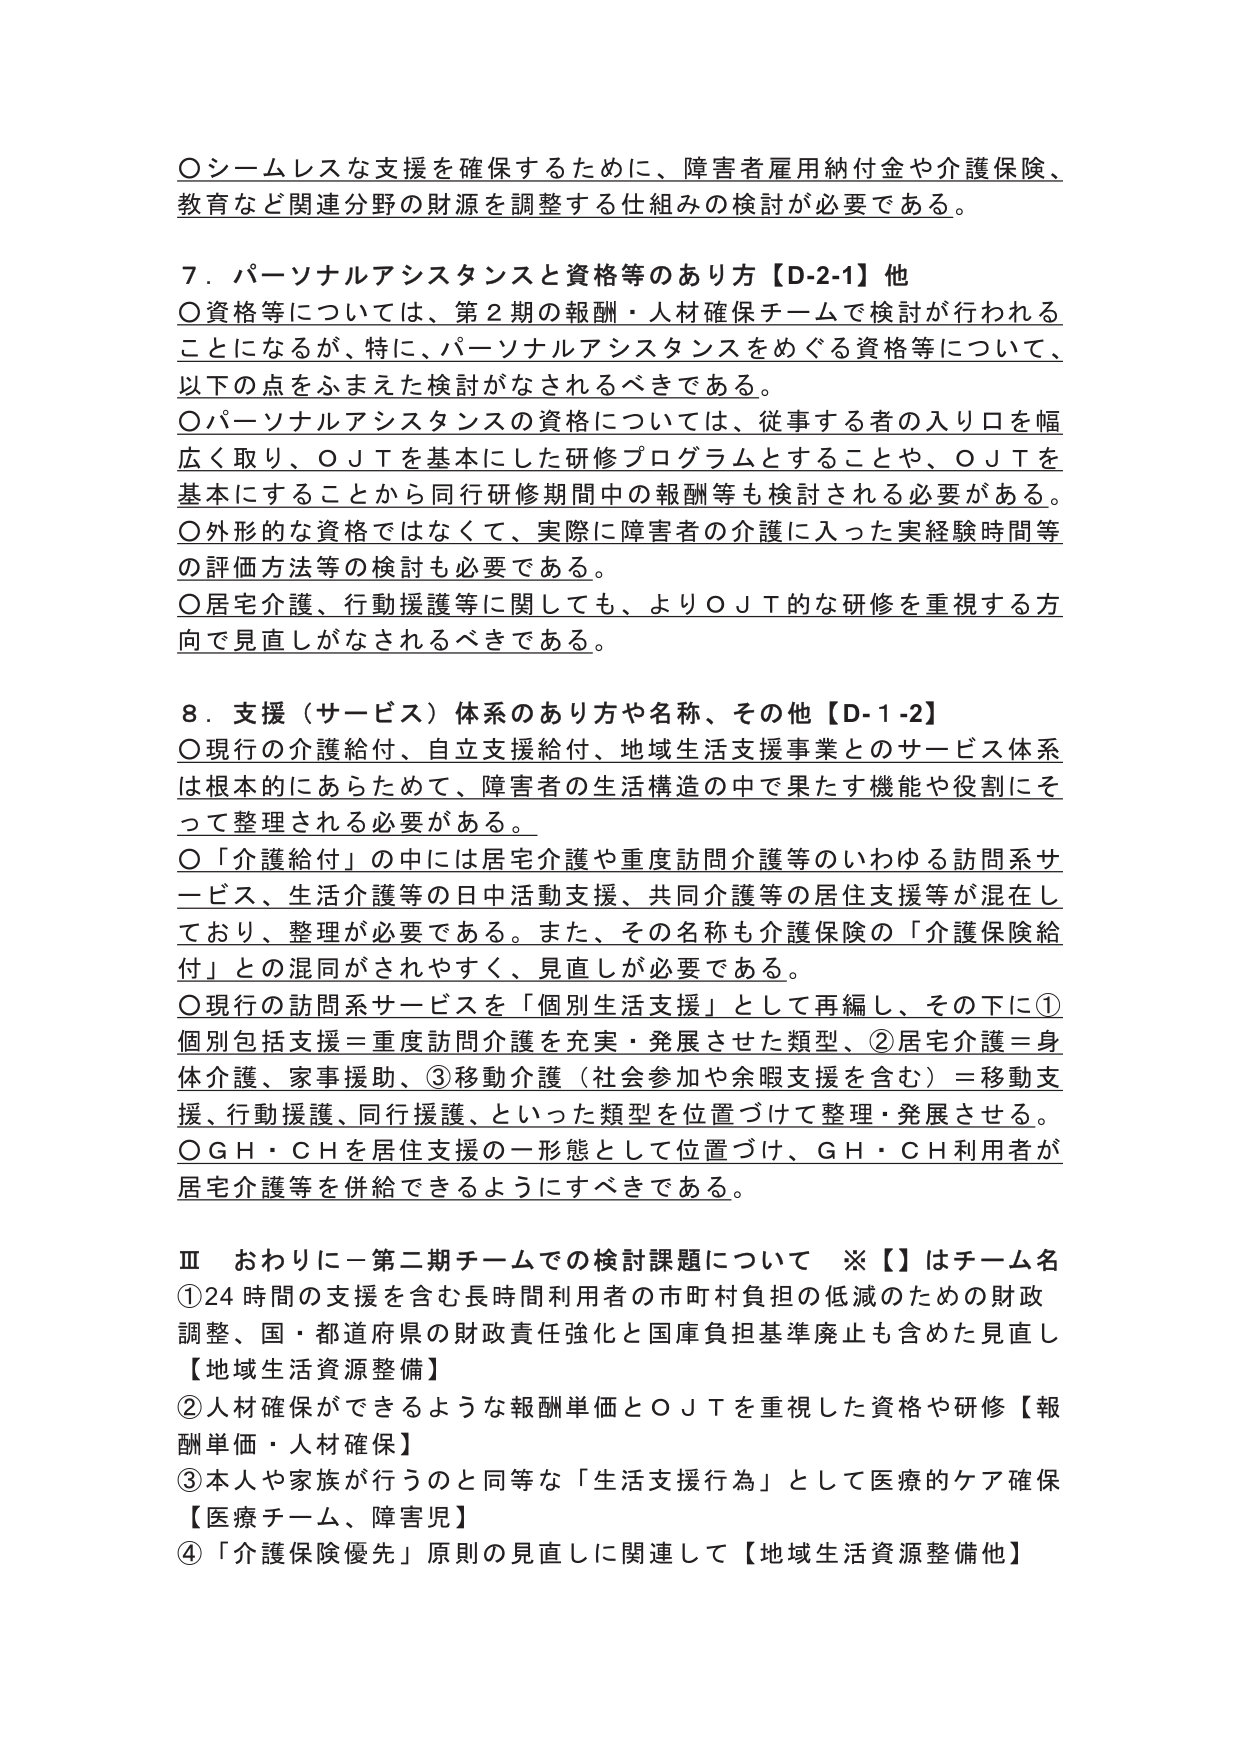
〇シームレスな支援を確保するために、障害者雇用納付金や介護保険、教育など関連分野の財源を調整する仕組みの検討が必要である。

７．パーソナルアシスタンスと資格等のあり方【D-2-1】他
〇資格等については、第２期の報酬・人材確保チームで検討が行われることになるが、特に、パーソナルアシスタンスをめぐる資格等について、以下の点をふまえた検討がなされるべきである。
〇パーソナルアシスタンスの資格については、従事する者の入り口を幅広く取り、ＯＪＴを基本にした研修プログラムとすることや、ＯＪＴを基本にすることから同行研修期間中の報酬等も検討される必要がある。
〇外形的な資格ではなくて、実際に障害者の介護に入った実経験時間等の評価方法等の検討も必要である。
〇居宅介護、行動援護等に関しても、よりＯＪＴ的な研修を重視する方向で見直しがなされるべきである。

８．支援（サービス）体系のあり方や名称、その他【D-1-2】
〇現行の介護給付、自立支援給付、地域生活支援事業とのサービス体系は根本的にあらためて、障害者の生活構造の中で果たす機能や役割にそって整理される必要がある。
〇「介護給付」の中には居宅介護や重度訪問介護等のいわゆる訪問系サービス、生活介護等の日中活動支援、共同介護等の居住支援等が混在しており、整理が必要である。また、その名称も介護保険の「介護保険給付」との混同がされやすく、見直しが必要である。
〇現行の訪問系サービスを「個別生活支援」として再編し、その下に①個別包括支援＝重度訪問介護を充実・発展させた類型、②居宅介護＝身体介護、家事援助、③移動介護（社会参加や余暇支援を含む）＝移動支援、行動援護、同行援護、といった類型を位置づけて整理・発展させる。
〇ＧＨ・ＣＨを居住支援の一形態として位置づけ、ＧＨ・ＣＨ利用者が居宅介護等を併給できるようにすべきである。

Ⅲ　おわりに－第二期チームでの検討課題について　※【】はチーム名
①24時間の支援を含む長時間利用者の市町村負担の低減のための財政調整、国・都道府県の財政責任強化と国庫負担基準廃止も含めた見直し【地域生活資源整備】
②人材確保ができるような報酬単価とＯＪＴを重視した資格や研修【報酬単価・人材確保】
③本人や家族が行うのと同等な「生活支援行為」として医療的ケア確保【医療チーム、障害児】
④「介護保険優先」原則の見直しに関連して【地域生活資源整備他】